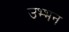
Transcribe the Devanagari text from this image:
उभ्भन